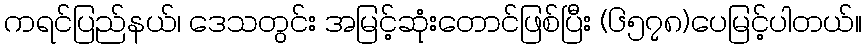
ကရင်ပြည်နယ်၊ ဒေသတွင်း အမြင့်ဆုံးတောင်ဖြစ်ပြီး (၆၅၇၈)ပေမြင့်ပါတယ်။